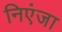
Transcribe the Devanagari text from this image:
निएंजा